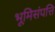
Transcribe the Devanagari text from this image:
भूमिसंपत्ति